Document type: Sale
Year: 1461
Scribe: [Unknown]
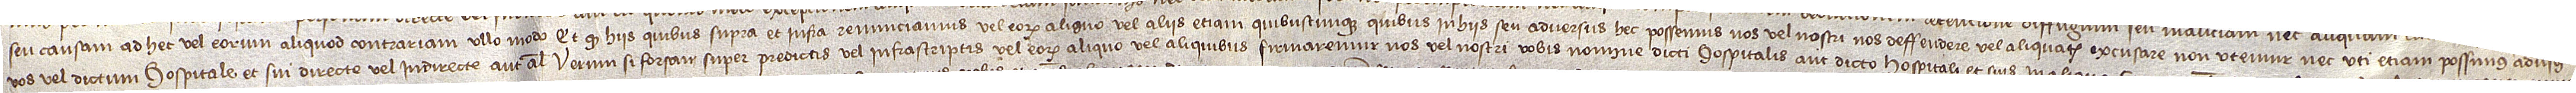
seu causam ad hec vel eorum aliquod contrariam ullo modo; et quod hiis quibus supra et infra renunciamus vel eorum aliquo vel aliis etiam quibuscunque quibus in hiis seu adversus hec possemus nos vel nostri nos deffendere vel aliquatenus excusare non utemur nec uti etiam possimus adversus